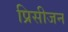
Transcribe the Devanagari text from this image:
प्रिसीजन